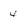
Character: 4